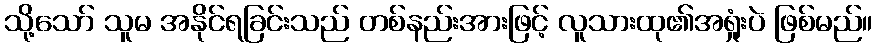
သို့သော် သူမ အနိုင်ရခြင်းသည် တစ်နည်းအားဖြင့် လူသားထု၏အရှုံးပဲ ဖြစ်မည်။